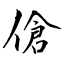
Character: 傖